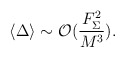
\begin{align*}\langle \Delta \rangle \sim {\cal O}(\frac{F_{\Sigma}^2}{M^3}).\end{align*}